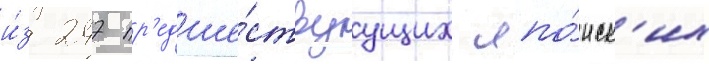
и́з 247 пр'едше́ствуущих япо́нск'их